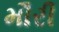
મૌરી